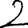
Digit: 2